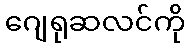
ဂျေရုဆလင်ကို